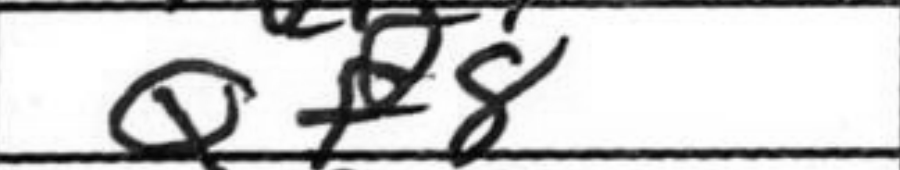
Transcription: Qf8